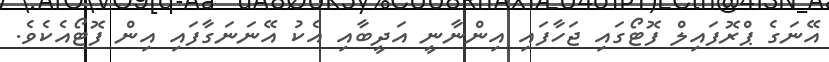
އޭނަގެ ޕްރޮފައިލް ފޮޓޯގައި ޖަހާފައި އިންނާނީ އަދީބާއި އެކު އޭނަނަގާފައި އިން ފޮޓޯއެކެވެ.